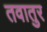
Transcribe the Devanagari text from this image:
तवातुर